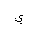
Letter: _ya